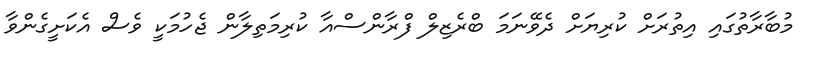
މުބާރާތުގައި އިތުރަށް ކުރިޔަށް ދެވޭނަމަ ބްރެޒިލް ފްރާންސްއާ ކުރިމަތިލާން ޖެހުމަކީ ވެސް އެކަށީގެންވާ